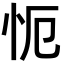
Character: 𭜒